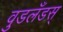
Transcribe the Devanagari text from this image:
वुडलँडस्